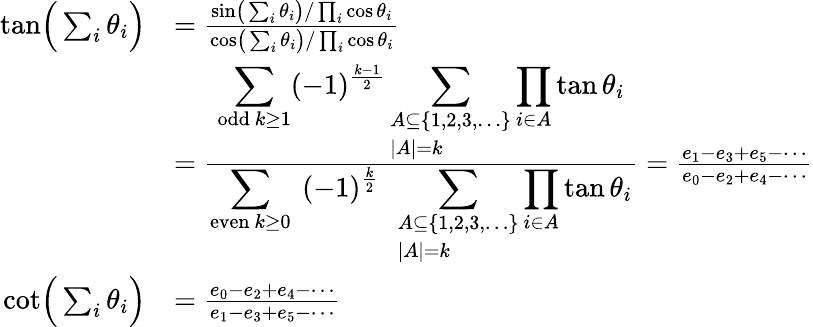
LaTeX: {\begin{array}{rl}{{\tan}{\Bigl(}\sum_{i}\theta_{i}{\Bigr)}}&{={\frac{{\sin}{\bigl(}\sum_{i}\theta_{i}{\bigr)}/\prod_{i}\cos\theta_{i}}{{\cos}{\bigl(}\sum_{i}\theta_{i}{\bigr)}/\prod_{i}\cos\theta_{i}}}}\\ &{={\frac{\displaystyle\sum_{{\mathrm{odd}}\ k\geq 1}(-1)^{\frac{k-1}{2}}\sum_{\begin{array}{l}{A\subseteq\{ 1,2,3,\dots\} }\\ {\left|A\right|=k}\end{array}}\prod_{i\in A}\tan\theta_{i}}{\displaystyle\sum_{{\mathrm{even}}\ k\geq 0}~(-1)^{\frac{k}{2}}~~\sum_{\begin{array}{l}{A\subseteq\{ 1,2,3,\dots\} }\\ {\left|A\right|=k}\end{array}}\prod_{i\in A}\tan\theta_{i}}}={\frac{e_{1}-e_{3}+e_{5}-\cdots}{e_{0}-e_{2}+e_{4}-\cdots}}}\\ {{\cot}{\Bigl(}\sum_{i}\theta_{i}{\Bigr)}}&{={\frac{e_{0}-e_{2}+e_{4}-\cdots}{e_{1}-e_{3}+e_{5}-\cdots}}}\end{array}}